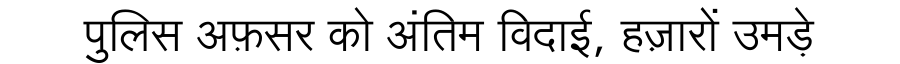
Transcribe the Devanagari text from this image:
पुलिस अफ़सर को अंतिम विदाई, हज़ारों उमड़े